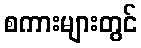
စကားများတွင်